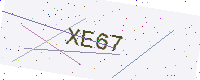
Text: XE67